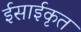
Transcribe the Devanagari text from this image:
ईसाईकृत